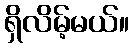
ရှိလိမ့်မယ်။